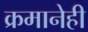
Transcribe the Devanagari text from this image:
क्रमानेही